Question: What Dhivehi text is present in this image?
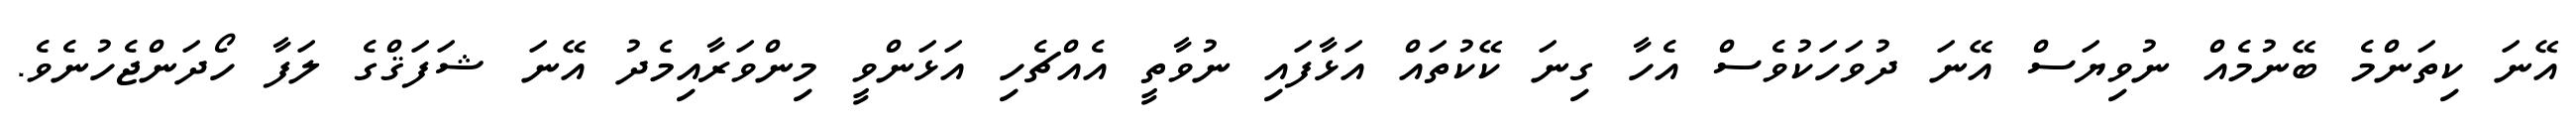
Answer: އޭނަ ކިތަންމެ ބޭނުމެއް ނުވިޔަސް އޭނަ ދުވަހަކުވެސް އެހާ ގިނަ ކޭކުތައް އަޅާފައި ނުވާތީ އެއްޗެހި އަޅަންވީ މިންވަރާއިމެދު އޭނަ ޝަފަޤްގެ ލަފާ ހޯދަންޖެހުނެވެ.